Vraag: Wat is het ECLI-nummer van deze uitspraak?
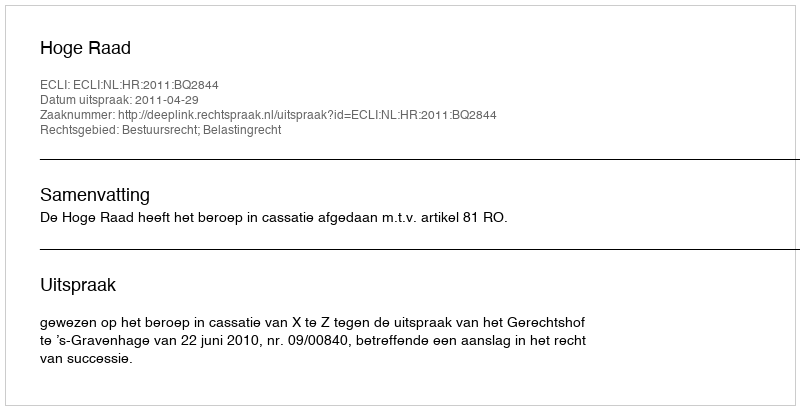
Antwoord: ECLI:NL:HR:2011:BQ2844